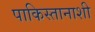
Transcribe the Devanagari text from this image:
पाकिस्तानाशी